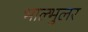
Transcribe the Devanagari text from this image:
भाल्भुलर